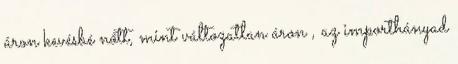
áron kevésbé nőtt, mint változatlan áron , az importhányad